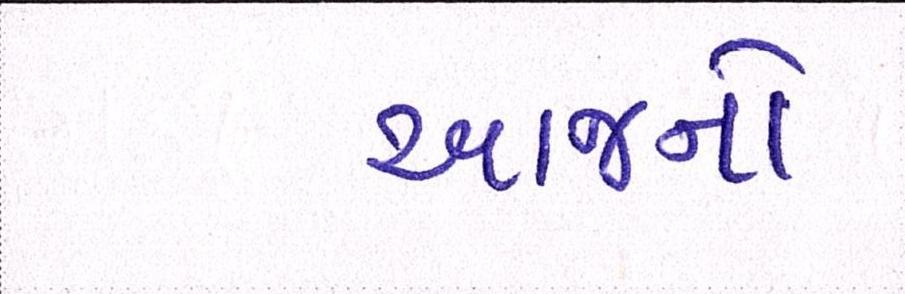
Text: આજનો